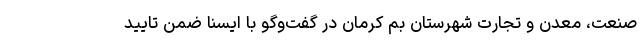
صنعت، معدن و تجارت شهرستان بم کرمان در گفت‌وگو با ایسنا ضمن تایید